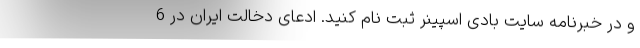
و در خبرنامه سایت بادی اسپینر ثبت نام کنید. ادعای دخالت ایران در 6